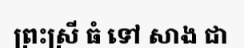
ព្រះស្រី ធំ ទៅ សាង ជា